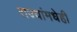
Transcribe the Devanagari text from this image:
राज्यांमधेही